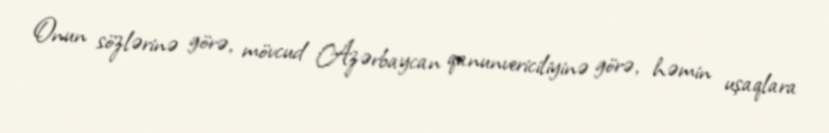
Onun sözlərinə görə, mövcud Azərbaycan qanunvericiliyinə görə, həmin uşaqlara